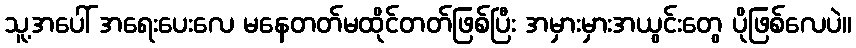
သူ့အပေါ် အရေးပေးလေ မနေတတ်မထိုင်တတ်ဖြစ်ပြီး အမှားမှားအယွင်းတွေ ပိုဖြစ်လေပဲ။